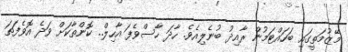
މޭޒުމަތީގައި ބަހައްޓަމުން ރާއިދު ބުނެލިއެވެ. ހާދަ ހާސްވެފަ އާހިލް.. ކޮންތާކަށް ވަދެ އޮވެފަތަ